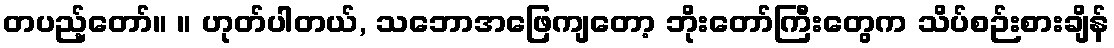
တပည့်တော်။ ။ ဟုတ်ပါတယ်, သဘောအဖြေကျတော့ ဘိုးတော်ကြီးတွေက သိပ်စဉ်းစားချိန်